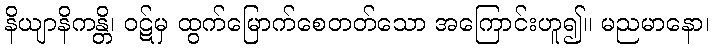
နိယျာနိကန္တိ၊ ဝဋ်မှ ထွက်မြောက်စေတတ်သော အကြောင်းဟူ၍။ မညမာနော၊